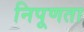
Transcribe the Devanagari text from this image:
निपूणता